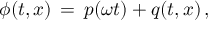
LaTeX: \phi ( t , x ) \, = \, p ( \omega t ) + q ( t , x ) \, ,